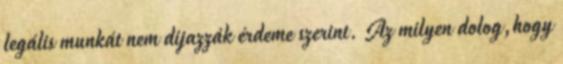
legális munkát nem dijazzák érdeme szerint. Az milyen dolog,hogy